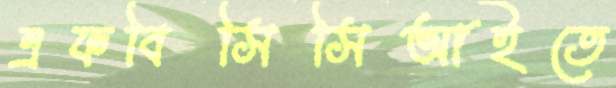
এফবিসিসিআইতে